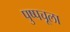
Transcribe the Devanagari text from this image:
पुष्पचूला